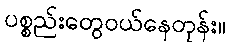
ပစ္စည်းတွေဝယ်နေတုန်း။